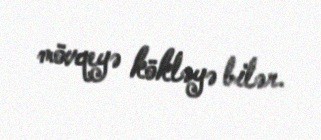
mövqeyə kökləyə bilər.